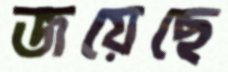
জয়েছে